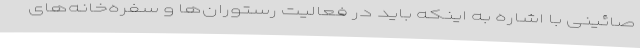
صائینی با اشاره به اینکه باید در فعالیت رستوران‌ها و سفره‌خانه‌های